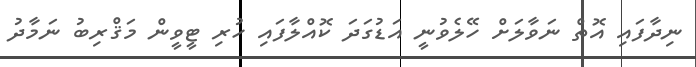
ނިދާފައި އޮތް ނަވާލަށް ހޭލެވުނީ އަޑުގަދަ ކޮއްލާފައި ހުރި ޓީވީން މަޤްރިބު ނަމާދު